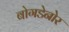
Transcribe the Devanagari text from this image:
बोगडेनोर